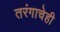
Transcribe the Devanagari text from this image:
तरंगाचेही